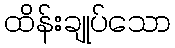
ထိန်းချုပ်သော